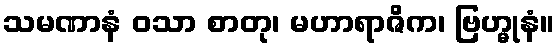
သမဏာနံ ဝသာ စာတု၊ မဟာရာဇိက၊ ဗြဟ္မုနံ။